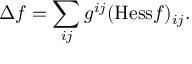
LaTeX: \Delta f = \sum _ { i j } g ^ { i j } ( { \mathrm { H e s s } } f ) _ { i j } .